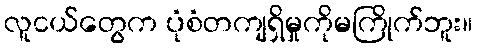
လူငယ်တွေက ပုံစံတကျရှိမှုကိုမကြိုက်ဘူး။